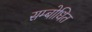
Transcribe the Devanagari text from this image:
सम्‍बोधित